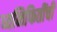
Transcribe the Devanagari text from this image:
ध्वनिफितींची